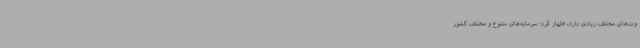
وت‌های مختلف زیادی دارد، اظهار کرد: سرمایه‌های متنوع و مختلف کشور